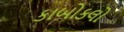
કાબોકલો